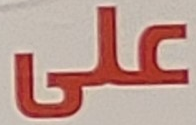
على